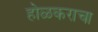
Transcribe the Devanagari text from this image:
होळकराचा